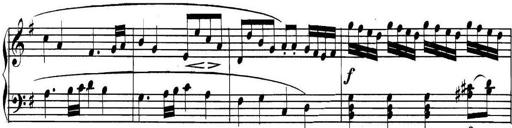
Title: Collected Piano Sonatas
Composer: Muzio Clementi